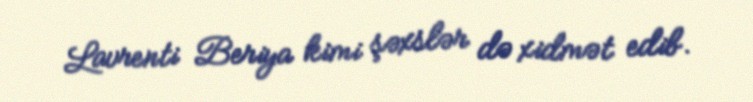
Lavrenti Beriya kimi şəxslər də xidmət edib.